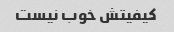
کیفیتش خوب نیست